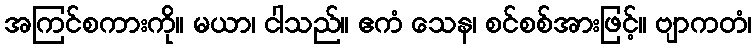
အကြင်စကားကို။ မယာ၊ ငါသည်။ ဧကံ သေန၊ စင်စစ်အားဖြင့်။ ဗျာကတံ၊